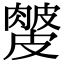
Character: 𥀙